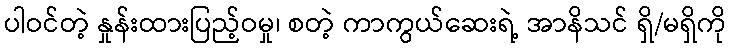
ပါဝင်တဲ့ နှုန်းထားပြည့်ဝမှု၊ စတဲ့ ကာကွယ်ဆေးရဲ့ အာနိသင် ရှိ/မရှိကို